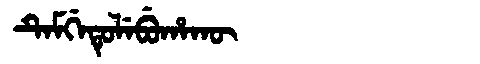
Manchu: ᡨᡝᠮᡤᡝᡨᡠᠯᡝᠪᡠᡥᠠᡴᡡ
Romanization: TEMGETULEBUHAKŪ